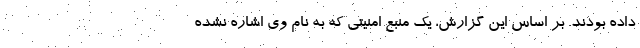
داده بودند. بر اساس این گزارش، یک منبع امنیتی که به نام وی اشاره نشده